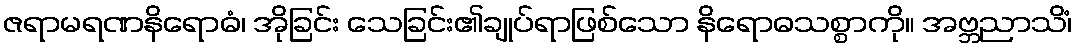
ဇရာမရဏနိရောဓံ၊ အိုခြင်း သေခြင်း၏ချုပ်ရာဖြစ်သော နိရောဓသစ္စာကို။ အဗ္ဘညာသိံ၊